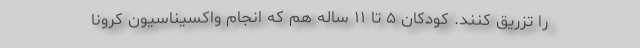
را تزریق کنند. کودکان ۵ تا ۱۱ ساله هم که انجام واکسیناسیون کرونا